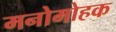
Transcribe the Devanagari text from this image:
मनोमोहक